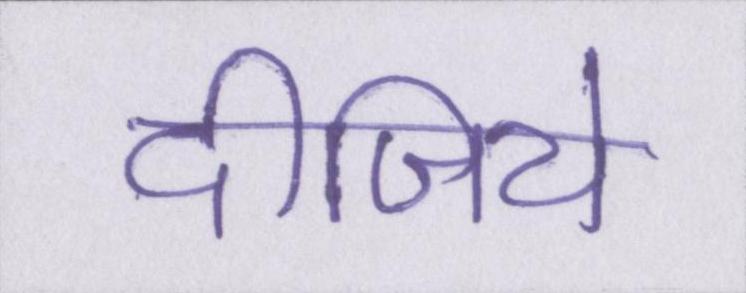
दीजिये